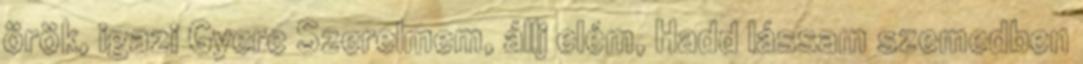
örök, igazi Gyere Szerelmem, állj elém, Hadd lássam szemedben